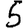
Digit: 5